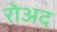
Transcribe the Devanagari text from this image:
रोअद